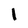
Character: l